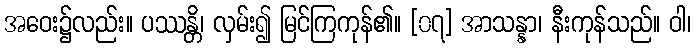
အဝေး၌လည်း။ ပဿန္တိ၊ လှမ်း၍ မြင်ကြကုန်၏။ [၀၇] အာသန္နာ၊ နီးကုန်သည်။ ဝါ၊